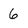
Character: 6